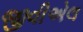
જીવીએલ